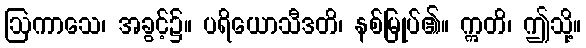
ဩကာသေ၊ အခွင့်၌။ ပရိယောသီဒတိ၊ နစ်မြုပ်၏။ ဣတိ၊ ဤသို့။